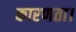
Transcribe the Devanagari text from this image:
कारणता।